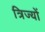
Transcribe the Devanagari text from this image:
त्रिज्यों